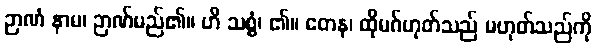
ဉာဏံ နာမ၊ ဉာဏ်မည်၏။ ဟိ သစ္စံ၊ ၏။ တေန၊ ထိုမဂ်ဟုတ်သည် မဟုတ်သည်ကို